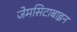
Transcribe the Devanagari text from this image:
जेमसिटाबाइन